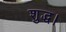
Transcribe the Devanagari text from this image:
शुद्ध।